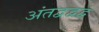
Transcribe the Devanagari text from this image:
अंतद्वद्वद्व